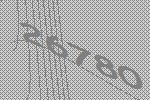
26780